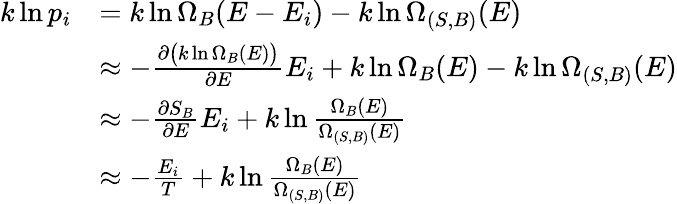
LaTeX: {\begin{array}{rl}{k\ln p_{i}}&{=k\ln\Omega_{B}(E-E_{i})-k\ln\Omega_{(S,B)}(E)}\\ &{\approx-{\frac{\partial{\big(}k\ln\Omega_{B}(E){\big)}}{\partial E}}E_{i}+k\ln\Omega_{B}(E)-k\ln\Omega_{(S,B)}(E)}\\ &{\approx-{\frac{\partial S_{B}}{\partial E}}E_{i}+k\ln{\frac{\Omega_{B}(E)}{\Omega_{(S,B)}(E)}}}\\ &{\approx-{\frac{E_{i}}{T}}+k\ln{\frac{\Omega_{B}(E)}{\Omega_{(S,B)}(E)}}}\end{array}}